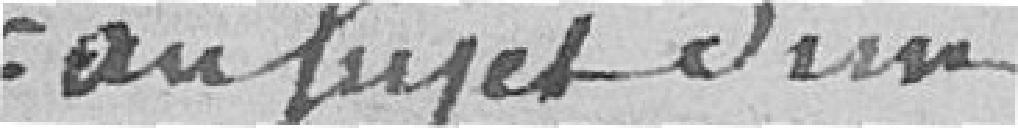
au sujet d'un